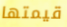
قيمتها